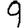
Digit: 9